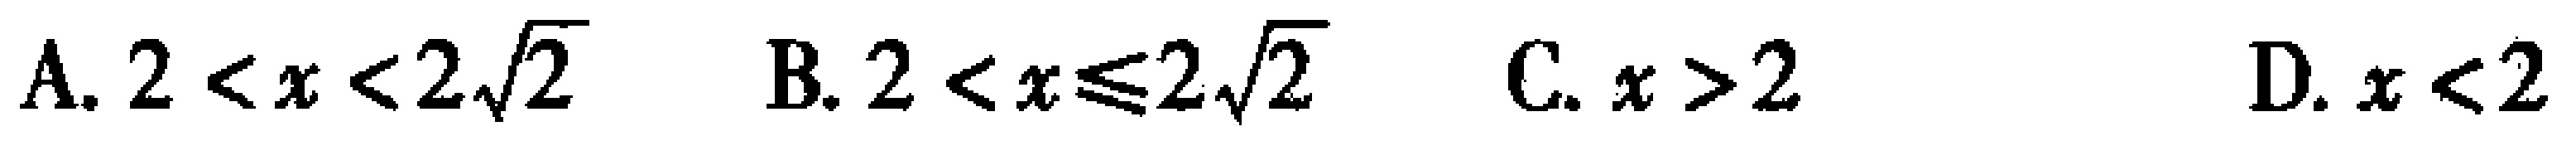
A. \(2 < x < 2\sqrt{2}\)  B. \(2 < x\leqslant2\sqrt{2}\)  C. \(x > 2\)  D. \(x < 2\)